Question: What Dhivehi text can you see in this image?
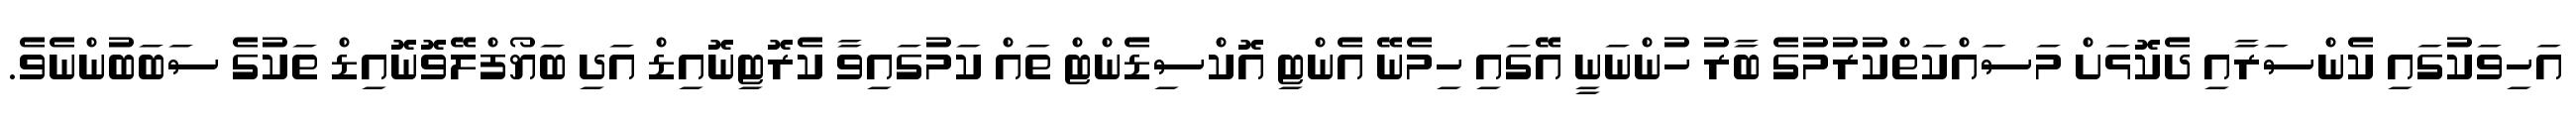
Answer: އަހިވަކުގައި ކެންސަރާއި ދެކޮޅަށް މަސައްކަތްކުރުމުގެ ބާރު ހުންނަނީ އޭގައި ހިމެނޭ އެންޓި އޮކްސިޑެންޓް ތައް ކަމުގައިވާ ކެރޮޓިނޮއިޑް އަދި ބަޔޯފްލޭވޮނޮއިޑް ތަކުގެ ސަބަބުންނެވެ.